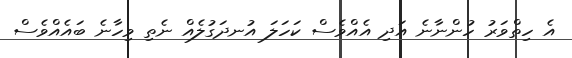
އެ ހިތްވަރު ހުންނާނެ އަދި އެއްވެސް ކަހަލަ އުނދަގުލެއް ނެތި ވިހާނެ ބައެއްވެސް